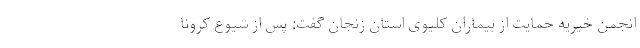
انجمن خیریه حمایت از بیماران کلیوی استان زنجان گفت: پس از شیوع کرونا